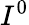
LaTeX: I^{0}